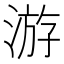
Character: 游